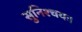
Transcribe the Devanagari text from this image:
सुनिश्चयः।